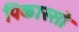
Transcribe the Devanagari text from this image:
पिकास्सो